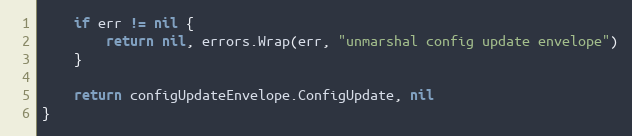
Language: Go
	if err != nil {
		return nil, errors.Wrap(err, "unmarshal config update envelope")
	}

	return configUpdateEnvelope.ConfigUpdate, nil
}